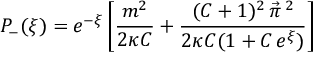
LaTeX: P _ { - } ( \xi ) = e ^ { - \xi } \left[ \frac { m ^ { 2 } } { 2 \kappa C } + \frac { ( C + 1 ) ^ { 2 } \, \vec { \pi } \, { } ^ { 2 } } { 2 \kappa C ( 1 + C \, e ^ { \xi } ) } \right]